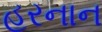
હરનાન